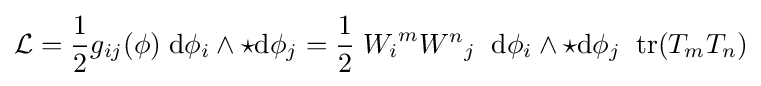
{\mathcal {L}}={\frac {1}{2}}g_{ij}(\phi )\;\mathrm {d} \phi _{i}\wedge \star {\mathrm {d} \phi _{j}}={\frac {1}{2}}\;{W_{i}}^{m}{W^{n}}_{j}\;\;\mathrm {d} \phi _{i}\wedge \star {\mathrm {d} \phi _{j}}\;\;\mathrm {tr} (T_{m}T_{n})